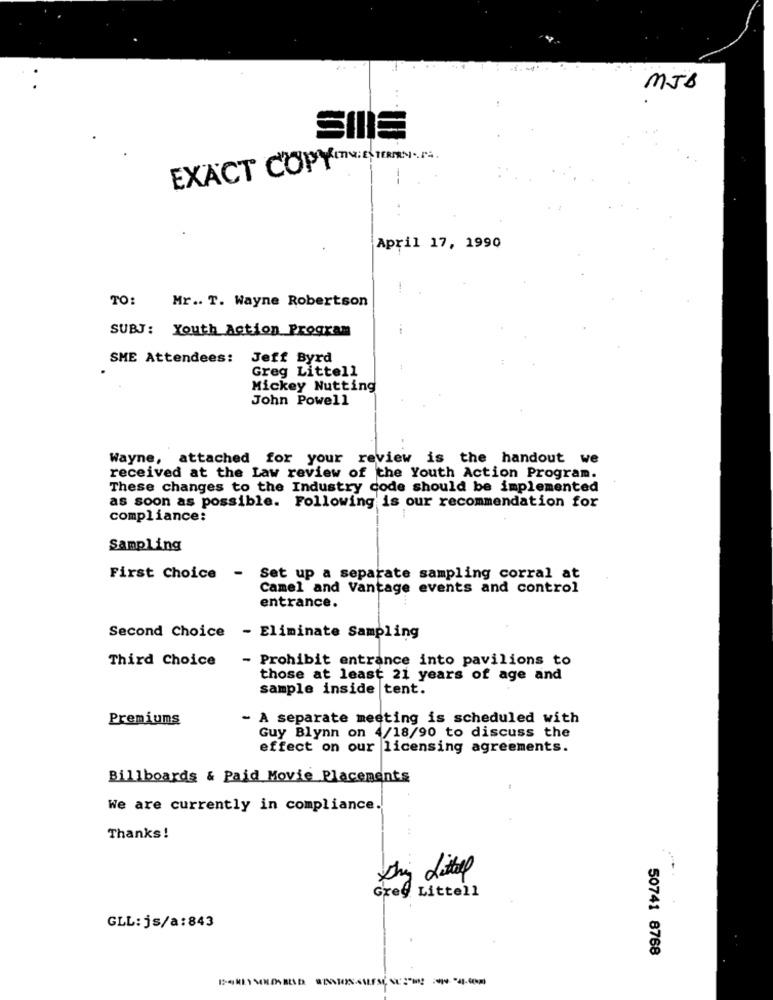
MJB
SIIIE
EXACT COPYTU DIEREN ..
April 17, 1990
Mr .. T. Wayne Robertson
TO:
SUBJ: Youth Action Program
SME Attendees:
Jeff Byrd
Greg Littell
Mickey Nutting
John Powell
Wayne, attached for your review is the handout we
received at the Law review of the Youth Action Program.
These changes to the Industry code should be implemented
as soon as possible. Following is our recommendation for
compliance:
Sampling
First Choice - Set up a separate sampling corral at
Camel and Vantage events and control
entrance.
Second Choice - Eliminate Sampling
Third Choice
- Prohibit entrance into pavilions to
those at least 21 years of age and
sample inside tent.
Premiums
. A separate meeting is scheduled with
Guy Blynn on 4/18/90 to discuss the
effect on our licensing agreements.
Billboards & Paid Movie Placements
We are currently in compliance.
Thanks!
Grey Littell
GLL:js/a:843
50741 8768